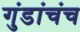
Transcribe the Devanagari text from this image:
गुंडांचंच